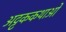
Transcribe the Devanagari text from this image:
अट्टककथाओं